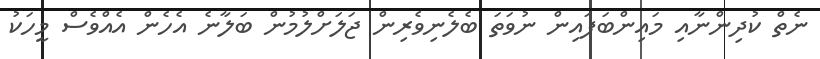
ނެތް ކުދިންނާއި މައިންބަފައިން ނުވަތަ ބެލެނިވެރިން ޖަލަށްލުމުން ބަލާނެ އެހެން އެއްވެސް މީހަކު